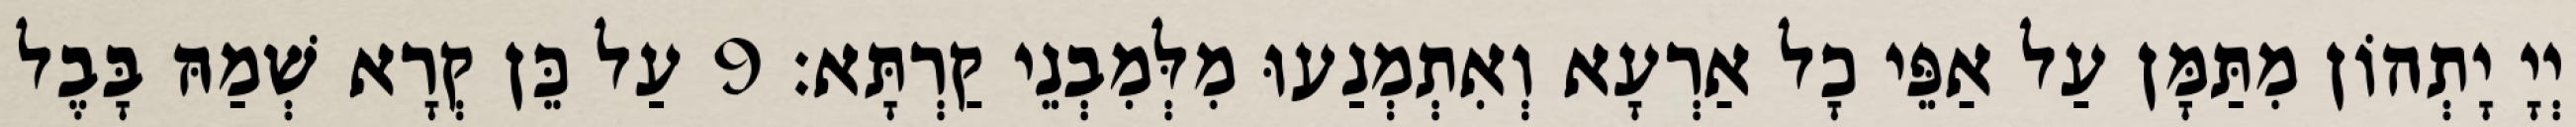
יְיָ יָתְהוֹן מִתַּמָּן עַל אַפֵּי כָל אַרְעָא וְאִתְמְנַעוּ מִלְּמִבְנֵי קַרְתָּא׃ 9 עַל כֵּן קְרָא שְׁמַהּ בָּבֶל